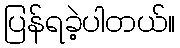
ပြန်ရခဲ့ပါတယ်။